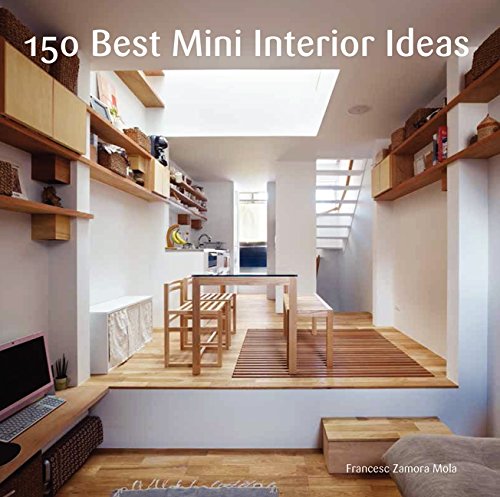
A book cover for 150 Best Mini Interior Ideas; Francesc Zamora; Crafts, Hobbies & Home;